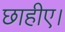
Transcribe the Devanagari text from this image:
छाहीए।